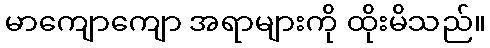
မာကျောကျော အရာများကို ထိုးမိသည်။